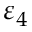
\varepsilon _ { 4 }